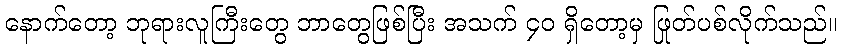
နောက်တော့ ဘုရားလူကြီးတွေ ဘာတွေဖြစ်ပြီး အသက် ၄၀ ရှိတော့မှ ဖြုတ်ပစ်လိုက်သည်။